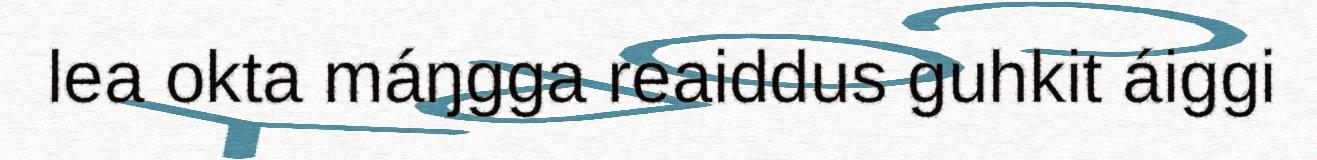
lea okta máŋgga reaiddus guhkit áiggi